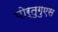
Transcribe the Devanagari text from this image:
पोर्तुगुएस